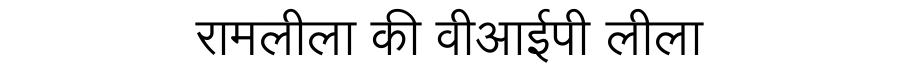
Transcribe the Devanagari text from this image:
रामलीला की वीआईपी लीला